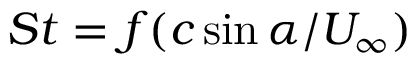
S t = f ( c \sin \alpha / U _ { \infty } )